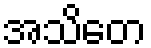
အသိတေ